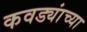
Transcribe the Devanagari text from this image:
कवड्यांच्‍या